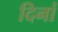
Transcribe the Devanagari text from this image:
दिनां